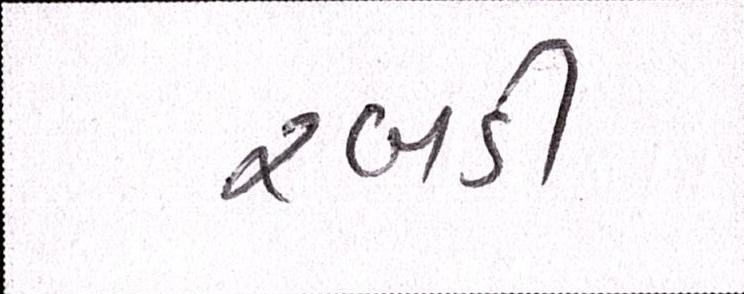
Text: રબડી